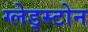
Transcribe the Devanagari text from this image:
ग्लेड्स्टोन